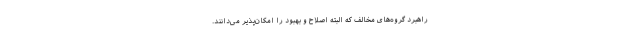
راهبرد‌ گروه‌های مخالف که البته اصلاح و بهبود را امکان‌پذیر می‌دانند.